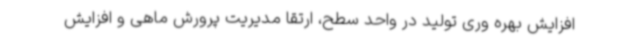
افزایش بهره وری تولید در واحد سطح، ارتقا مدیریت پرورش ماهی و افزایش